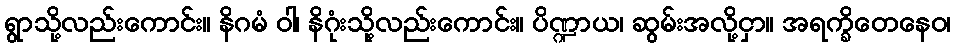
ရွာသို့လည်းကောင်း။ နိဂမံ ဝါ၊ နိဂုံးသို့လည်းကောင်း။ ပိဏ္ဍာယ၊ ဆွမ်းအလို့ငှာ။ အရက္ခိတေနေဝ၊